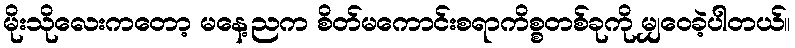
မိုးသိုလေးကတော့ မနေ့ညက စိတ်မကောင်းစရာကိစ္စတစ်ခုကို မျှဝေခဲ့ပါတယ်။